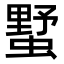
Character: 𧐓